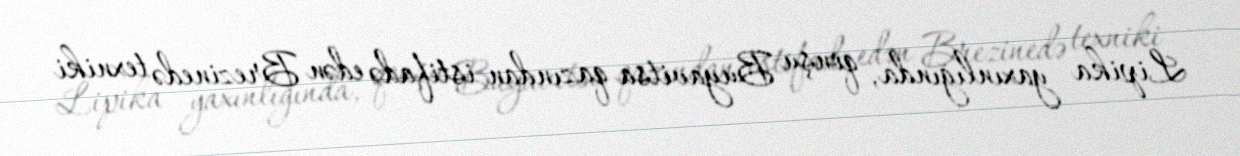
Lipika yaxınlığında, qonşu Buyavitsa qazından istifadə edən Brezinedə texniki